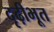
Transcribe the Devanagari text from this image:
दृढ़ीभूत